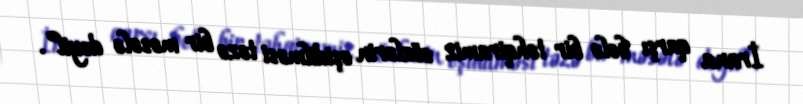
İrana qarşı belə bir təhqiramiz sözlərin eşidilməsi təzə bir məsələ deyil”.